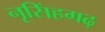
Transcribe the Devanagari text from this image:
नृसिंहगढ़